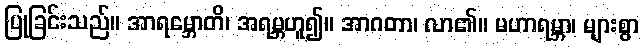
ပြုခြင်းသည်။ အာရမ္ဘောတိ၊ အရမ္ဘဟူ၍။ အာဂတာ၊ လာ၏။ မဟာရမ္ဘာ၊ များစွာ